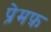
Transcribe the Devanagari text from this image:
प्रेमफ़